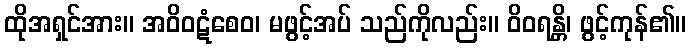
ထိုအရှင်အား။ အဝိဝဋံစေဝ၊ မဖွင့်အပ် သည်ကိုလည်း။ ဝိဝရန္တိ၊ ဖွင့်ကုန်၏။